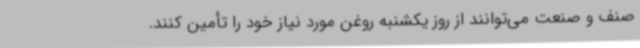
صنف و صنعت می‌توانند از روز یکشنبه روغن مورد نیاز خود را تأمین کنند.